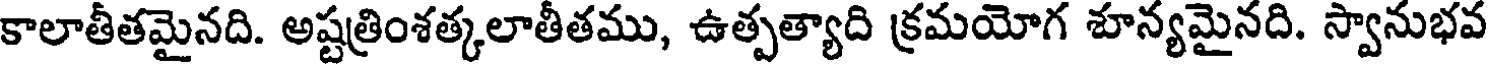
కాలాతీతమైనది. అష్టత్రింశత్కలాతీతము, ఉత్పత్యాది క్రమయోగ శూన్యమైనది. స్వానుభవ